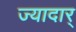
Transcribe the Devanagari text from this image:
ज्यादार्